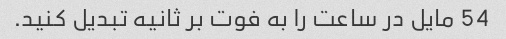
54 مایل در ساعت را به فوت بر ثانیه تبدیل کنید.